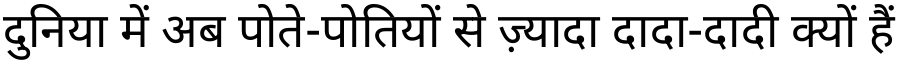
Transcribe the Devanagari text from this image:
दुनिया में अब पोते-पोतियों से ज़्यादा दादा-दादी क्यों हैं